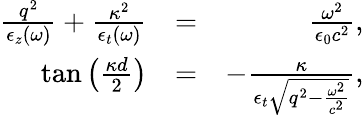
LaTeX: \begin{array}{rlr}{\frac{q^{2}}{\epsilon_{z}(\omega)}+\frac{\kappa^{2}}{\epsilon_{t}(\omega)}}&{=}&{\frac{\omega^{2}}{\epsilon_{0}c^{2}},}\\ {\tan\left(\frac{\kappa d}{2}\right)}&{=}&{-\frac{\kappa}{\epsilon_{t}\sqrt{q^{2}-\frac{\omega^{2}}{c^{2}}}},}\end{array}